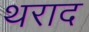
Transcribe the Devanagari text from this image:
थराद